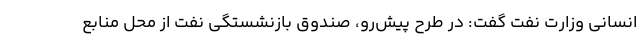
انسانی وزارت نفت گفت: در طرح پیش‌رو، صندوق بازنشستگی نفت از محل منابع